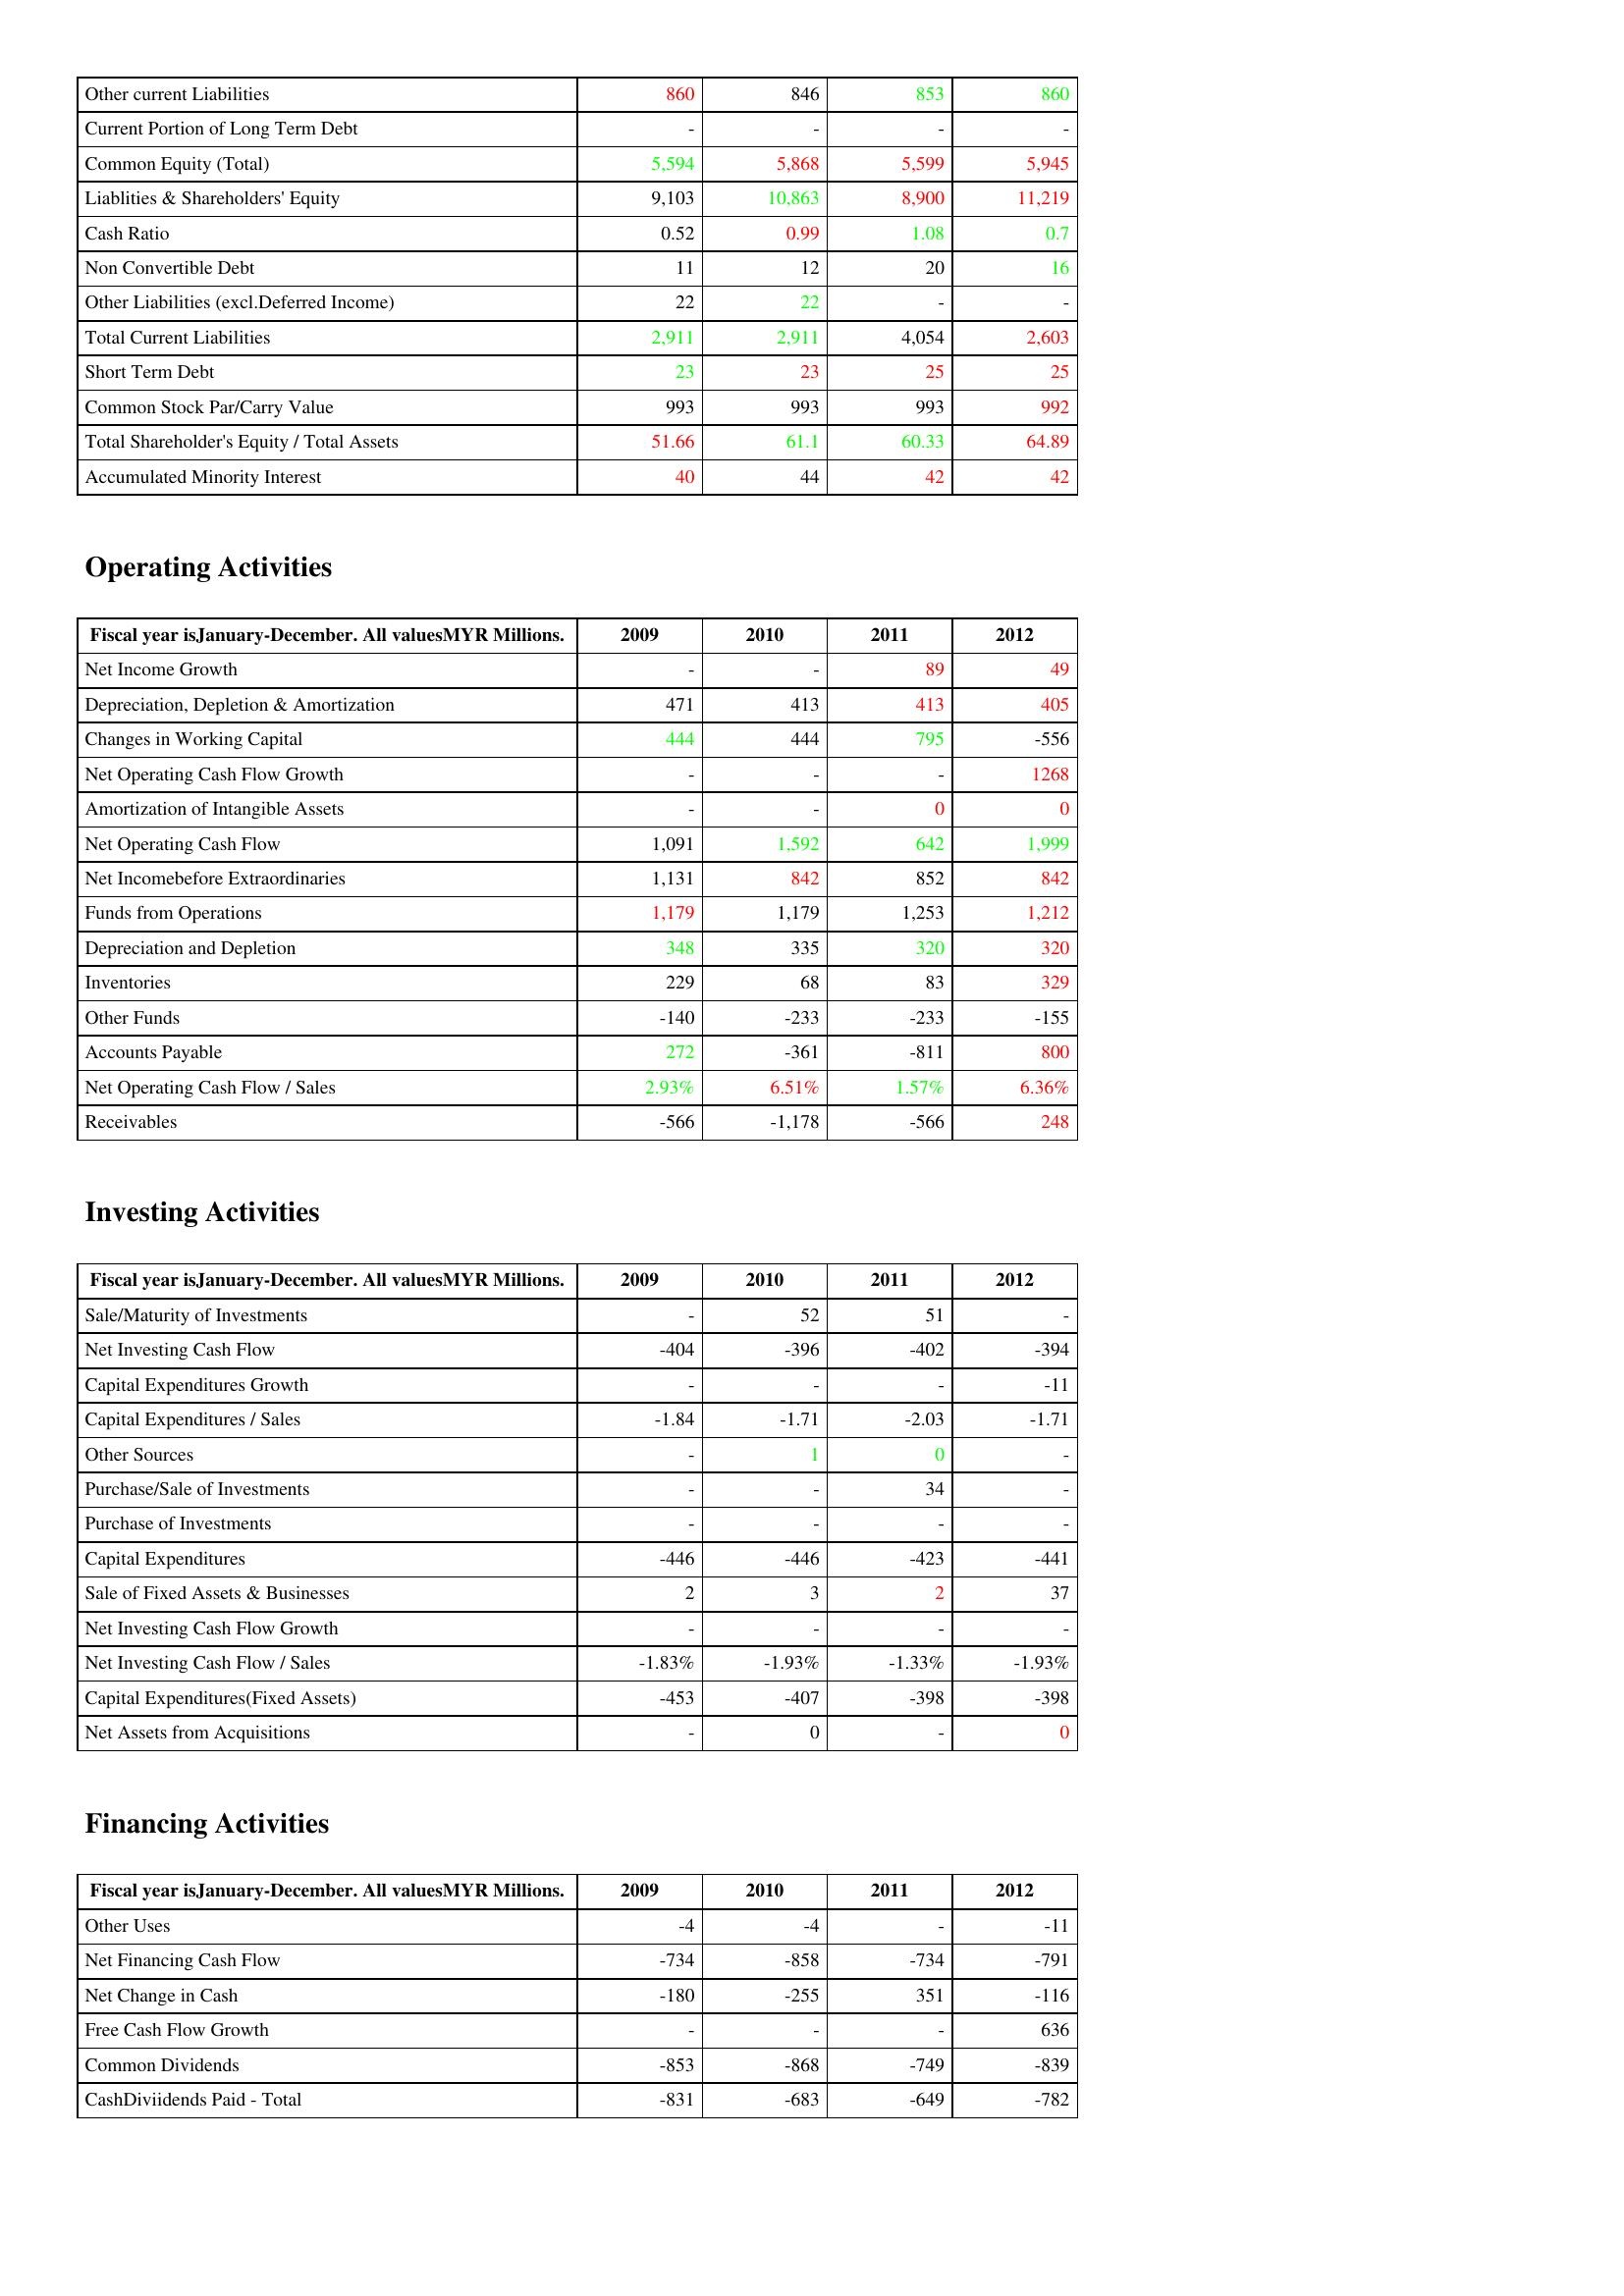
gt_parse: 2009: Liabilities & Shareholder's Equity: Other current Liabilities: 860
Current Portion of Long Term Debt: -
Common Equity (Total): 5,594
Liablities & Shareholders' Equity: 9,103
Cash Ratio: 0.52
Non Convertible Debt: 11
Other Liabilities (excl.Deferred Income): 22
Total Current Liabilities: 2,911
Short Term Debt: 23
Common Stock Par/Carry Value: 993
Total Shareholder's Equity / Total Assets: 51.66
Accumulated Minority Interest: 40
Operating Activities: Net Income Growth: -
Depreciation, Depletion & Amortization: 471
Changes in Working Capital: 444
Net Operating Cash Flow Growth: -
Amortization of Intangible Assets: -
Net Operating Cash Flow: 1,091
Net Incomebefore Extraordinaries: 1,131
Funds from Operations: 1,179
Depreciation and Depletion: 348
Inventories: 229
Other Funds: -140
Accounts Payable: 272
Net Operating Cash Flow / Sales: 2.93%
Receivables: -566
Investing Activities: Sale/Maturity of Investments: -
Net Investing Cash Flow: -404
Capital Expenditures Growth: -
Capital Expenditures / Sales: -1.84
Other Sources: -
Purchase/Sale of Investments: -
Purchase of Investments: -
Capital Expenditures: -446
Sale of Fixed Assets & Businesses: 2
Net Investing Cash Flow Growth: -
Net Investing Cash Flow / Sales: -1.83%
Capital Expenditures(Fixed Assets): -453
Net Assets from Acquisitions: -
Financing Activities: Other Uses: -4
Net Financing Cash Flow: -734
Net Change in Cash: -180
Free Cash Flow Growth: -
Common Dividends: -853
CashDiviidends Paid - Total: -831
2010: Liabilities & Shareholder's Equity: Other current Liabilities: 846
Current Portion of Long Term Debt: -
Common Equity (Total): 5,868
Liablities & Shareholders' Equity: 10,863
Cash Ratio: 0.99
Non Convertible Debt: 12
Other Liabilities (excl.Deferred Income): 22
Total Current Liabilities: 2,911
Short Term Debt: 23
Common Stock Par/Carry Value: 993
Total Shareholder's Equity / Total Assets: 61.1
Accumulated Minority Interest: 44
Operating Activities: Net Income Growth: -
Depreciation, Depletion & Amortization: 413
Changes in Working Capital: 444
Net Operating Cash Flow Growth: -
Amortization of Intangible Assets: -
Net Operating Cash Flow: 1,592
Net Incomebefore Extraordinaries: 842
Funds from Operations: 1,179
Depreciation and Depletion: 335
Inventories: 68
Other Funds: -233
Accounts Payable: -361
Net Operating Cash Flow / Sales: 6.51%
Receivables: -1,178
Investing Activities: Sale/Maturity of Investments: 52
Net Investing Cash Flow: -396
Capital Expenditures Growth: -
Capital Expenditures / Sales: -1.71
Other Sources: 1
Purchase/Sale of Investments: -
Purchase of Investments: -
Capital Expenditures: -446
Sale of Fixed Assets & Businesses: 3
Net Investing Cash Flow Growth: -
Net Investing Cash Flow / Sales: -1.93%
Capital Expenditures(Fixed Assets): -407
Net Assets from Acquisitions: 0
Financing Activities: Other Uses: -4
Net Financing Cash Flow: -858
Net Change in Cash: -255
Free Cash Flow Growth: -
Common Dividends: -868
CashDiviidends Paid - Total: -683
2011: Liabilities & Shareholder's Equity: Other current Liabilities: 853
Current Portion of Long Term Debt: -
Common Equity (Total): 5,599
Liablities & Shareholders' Equity: 8,900
Cash Ratio: 1.08
Non Convertible Debt: 20
Other Liabilities (excl.Deferred Income): -
Total Current Liabilities: 4,054
Short Term Debt: 25
Common Stock Par/Carry Value: 993
Total Shareholder's Equity / Total Assets: 60.33
Accumulated Minority Interest: 42
Operating Activities: Net Income Growth: 89
Depreciation, Depletion & Amortization: 413
Changes in Working Capital: 795
Net Operating Cash Flow Growth: -
Amortization of Intangible Assets: 0
Net Operating Cash Flow: 642
Net Incomebefore Extraordinaries: 852
Funds from Operations: 1,253
Depreciation and Depletion: 320
Inventories: 83
Other Funds: -233
Accounts Payable: -811
Net Operating Cash Flow / Sales: 1.57%
Receivables: -566
Investing Activities: Sale/Maturity of Investments: 51
Net Investing Cash Flow: -402
Capital Expenditures Growth: -
Capital Expenditures / Sales: -2.03
Other Sources: 0
Purchase/Sale of Investments: 34
Purchase of Investments: -
Capital Expenditures: -423
Sale of Fixed Assets & Businesses: 2
Net Investing Cash Flow Growth: -
Net Investing Cash Flow / Sales: -1.33%
Capital Expenditures(Fixed Assets): -398
Net Assets from Acquisitions: -
Financing Activities: Other Uses: -
Net Financing Cash Flow: -734
Net Change in Cash: 351
Free Cash Flow Growth: -
Common Dividends: -749
CashDiviidends Paid - Total: -649
2012: Liabilities & Shareholder's Equity: Other current Liabilities: 860
Current Portion of Long Term Debt: -
Common Equity (Total): 5,945
Liablities & Shareholders' Equity: 11,219
Cash Ratio: 0.7
Non Convertible Debt: 16
Other Liabilities (excl.Deferred Income): -
Total Current Liabilities: 2,603
Short Term Debt: 25
Common Stock Par/Carry Value: 992
Total Shareholder's Equity / Total Assets: 64.89
Accumulated Minority Interest: 42
Operating Activities: Net Income Growth: 49
Depreciation, Depletion & Amortization: 405
Changes in Working Capital: -556
Net Operating Cash Flow Growth: 1268
Amortization of Intangible Assets: 0
Net Operating Cash Flow: 1,999
Net Incomebefore Extraordinaries: 842
Funds from Operations: 1,212
Depreciation and Depletion: 320
Inventories: 329
Other Funds: -155
Accounts Payable: 800
Net Operating Cash Flow / Sales: 6.36%
Receivables: 248
Investing Activities: Sale/Maturity of Investments: -
Net Investing Cash Flow: -394
Capital Expenditures Growth: -11
Capital Expenditures / Sales: -1.71
Other Sources: -
Purchase/Sale of Investments: -
Purchase of Investments: -
Capital Expenditures: -441
Sale of Fixed Assets & Businesses: 37
Net Investing Cash Flow Growth: -
Net Investing Cash Flow / Sales: -1.93%
Capital Expenditures(Fixed Assets): -398
Net Assets from Acquisitions: 0
Financing Activities: Other Uses: -11
Net Financing Cash Flow: -791
Net Change in Cash: -116
Free Cash Flow Growth: 636
Common Dividends: -839
CashDiviidends Paid - Total: -782